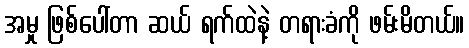
အမှု ဖြစ်ပေါ်တာ ဆယ် ရက်ထဲနဲ့ တရားခံကို ဖမ်းမိတယ်။